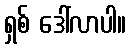
ရှစ် ဒေါ်လာပါ။